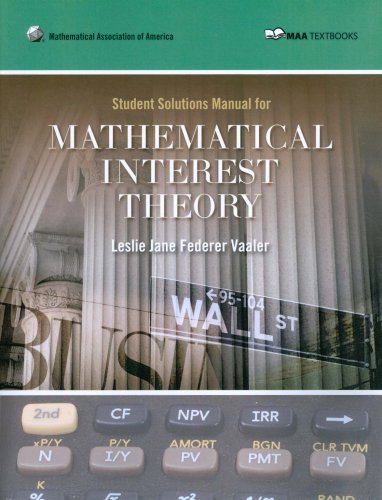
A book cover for Mathematical Interest Theory Student Manual; Leslie Jane Federer Vaaler; Science & Math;